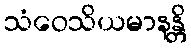
သံဝေသိယမာနန္တိ